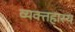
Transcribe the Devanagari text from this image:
व्यक्तहास्य